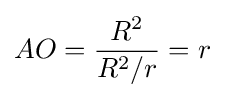
AO={\frac {R^{2}}{R^{2}/r}}=r